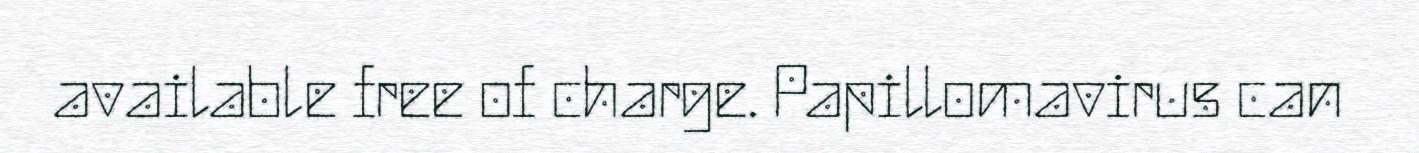
available free of charge. Papillomavirus can